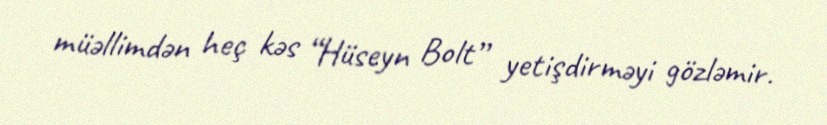
müəllimdən heç kəs “Hüseyn Bolt” yetişdirməyi gözləmir.